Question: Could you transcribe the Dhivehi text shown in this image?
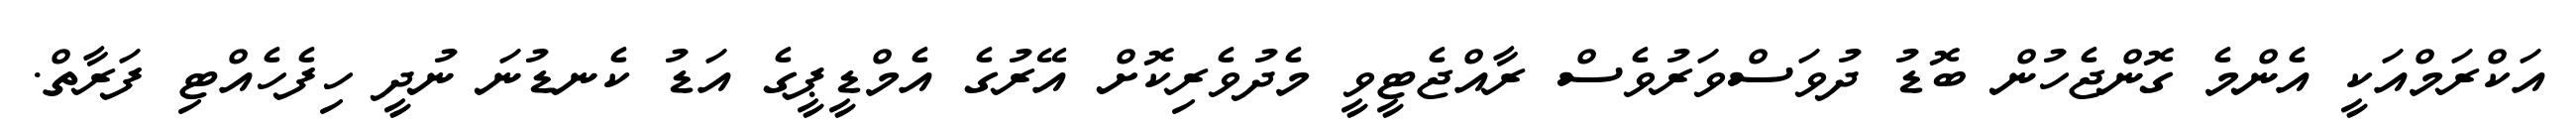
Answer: އަކްރަމްއަކީ އެންމެ ގޮންޖެހުން ބޮޑު ދުވަސްވަރުވެސް ރާއްޖެޓީވީ މެދުވެރިކޮށް އޭރުގެ އެމްޑީޕީގެ އަޑު ކެނޑުނަ ނުދީ ހިފެހެއްޓި ފަރާތް.